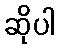
ဆိုပါ